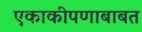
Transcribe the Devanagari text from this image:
एकाकीपणाबाबत